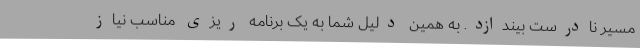
مسیر نادرست بیندازد. به همین دلیل شما به یک برنامه ریزی مناسب نیاز